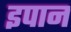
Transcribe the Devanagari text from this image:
इपान